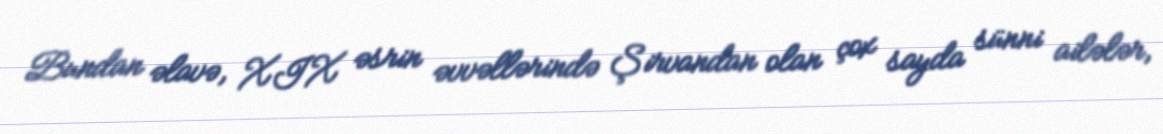
Bundan əlavə, XIX əsrin əvvəllərində Şirvandan olan çox sayda sünni ailələr,